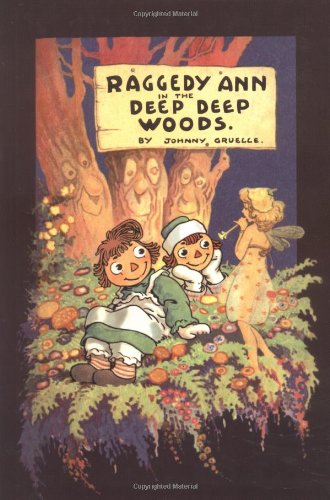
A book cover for Raggedy Ann in the Deep Deep Woods: Classic Edition; Johnny Gruelle; Children's Books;